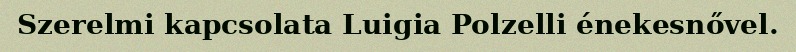
Szerelmi kapcsolata Luigia Polzelli énekesnővel.